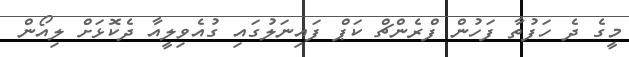
މީގެ ދެ ހަފުތާ ފަހުން ފްރެންޗް ކަޕް ފައިނަލުގައި ގުއެވިލީއާ ދެކޮޅަށް ލިއޯން